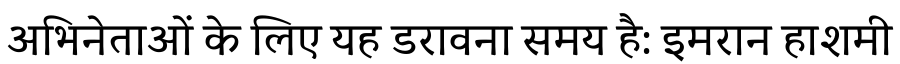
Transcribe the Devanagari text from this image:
अभिनेताओं के लिए यह डरावना समय है: इमरान हाशमी